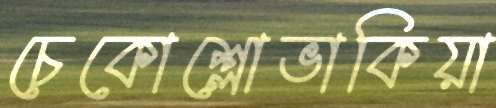
চেকোশ্লোভাকিয়া